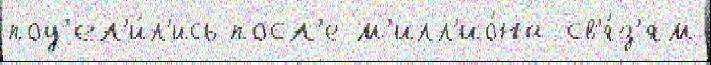
под'ел'и́л'ись посл'е м'илл'ио́на св'я́з'ям